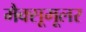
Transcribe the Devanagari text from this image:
मैक्सूमूलर